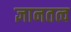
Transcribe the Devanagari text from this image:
ज्ञानतत्व